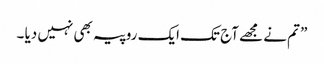
” تم نے مجھے آج تک ایک روپیہ بھی نہیں دیا ۔